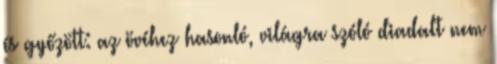
és győzött: az övéhez hasonló, világra szóló diadalt nem